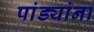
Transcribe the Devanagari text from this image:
पांड्यांना